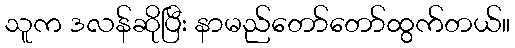
သူက ဒလန်ဆိုပြီး နာမည်တော်တော်ထွက်တယ်။